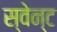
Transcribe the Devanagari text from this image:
स्वेन्ट